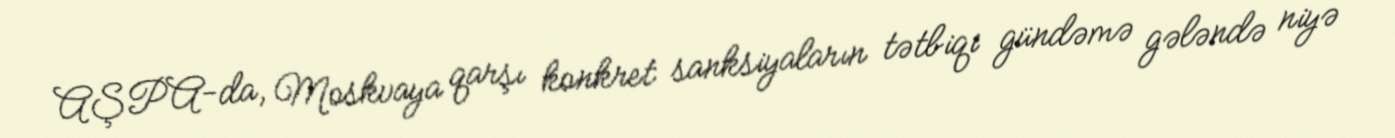
AŞPA-da, Moskvaya qarşı konkret sanksiyaların tətbiqi gündəmə gələndə niyə